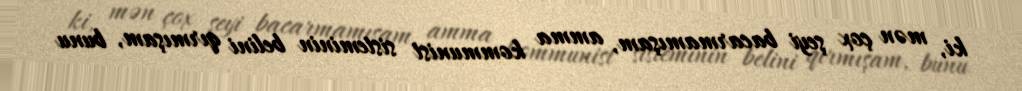
ki, mən çox şeyi bacarmamışam, amma kommunist sisteminin belini qırmışam, bunu